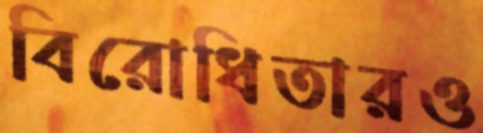
বিরোধিতারও